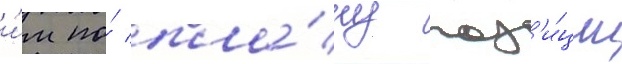
и́м по́ пла́ну поз'и́ции